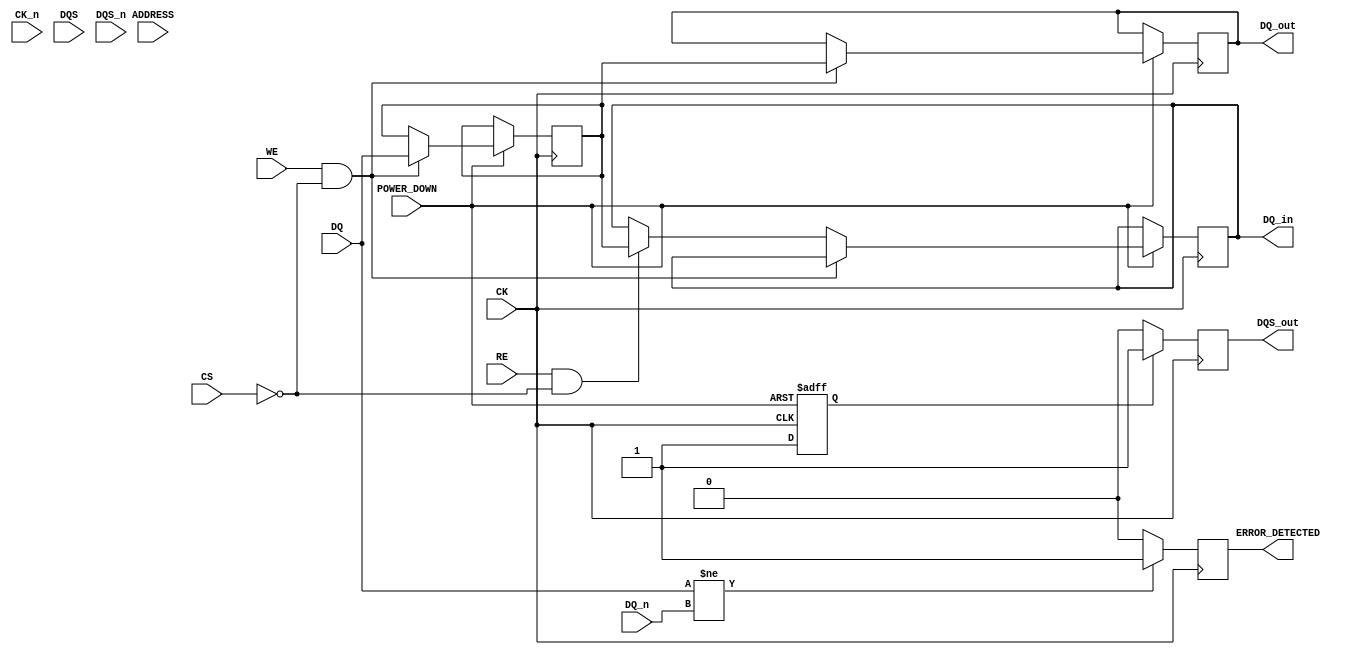
module gddr2_io_block #(
    parameter DATA_WIDTH = 32 // Data bus width (16, 32, 64)
)(
    // I/O Ports
    input wire [DATA_WIDTH-1:0] DQ,       // Data input/output
    input wire [DATA_WIDTH-1:0] DQ_n,     // Complementary data input/output
    input wire CK,                         // Clock input
    input wire CK_n,                       // Complementary clock input
    input wire DQS,                        // Data strobe
    input wire DQS_n,                      // Complementary data strobe
    input wire CS,                         // Chip Select
    input wire WE,                         // Write Enable
    input wire RE,                         // Read Enable
    input wire [15:0] ADDRESS,             // Address lines
    input wire POWER_DOWN,                  // Power down mode
    output reg [DATA_WIDTH-1:0] DQ_out,   // Output data
    output reg DQS_out,                    // Output data strobe
    output reg [DATA_WIDTH-1:0] DQ_in,    // Input data
    output reg ERROR_DETECTED              // Error detection signal
);

    // Internal signals
    reg [DATA_WIDTH-1:0] data_buffer;      // Buffer for data
    reg dqs_reg;                            // Register for DQS
    reg power_mode;                         // Power management state

    // Clock management and data transfer
    always @(posedge CK or negedge POWER_DOWN) begin
        if (!POWER_DOWN) begin
            power_mode <= 1'b0; // Power down mode
        end else begin
            power_mode <= 1'b1; // Active mode
            if (WE && !CS) begin
                data_buffer <= DQ; // Write data to buffer
                DQ_out <= data_buffer; // Output data
            end else if (RE && !CS) begin
                DQ_in <= data_buffer; // Read data from buffer
            end
        end
    end

    // Data strobe generation
    always @(posedge CK) begin
        if (power_mode) begin
            dqs_reg <= 1'b1; // Active DQS
        end else begin
            dqs_reg <= 1'b0; // Inactive DQS
        end
    end

    assign DQS_out = dqs_reg;

    // Error detection (simple example)
    always @(posedge CK) begin
        if (DQ != DQ_n) begin
            ERROR_DETECTED <= 1'b1; // Error detected
        end else begin
            ERROR_DETECTED <= 1'b0; // No error
        end
    end

    // Termination and drive strength (Placeholder)
    // In practice, this would involve more complex logic
    // and possibly external configuration.

endmodule